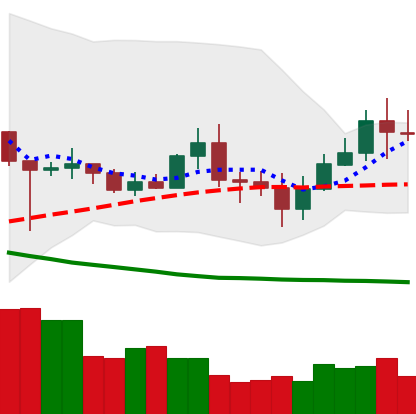
Ticker: TRX-USD
Chart end date: 2020-07-03
Forward return: 7.466%
Label: up_7plus